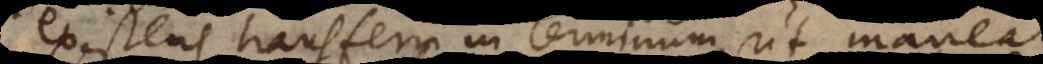
existens transferri in terminum, ut maneat